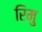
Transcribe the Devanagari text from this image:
रिमु